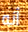
أنه